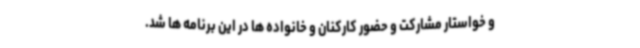
و خواستار مشارکت و حضور کارکنان و خانواده ها در این برنامه ها شد.